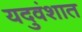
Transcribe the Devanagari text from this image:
यदुवंशात